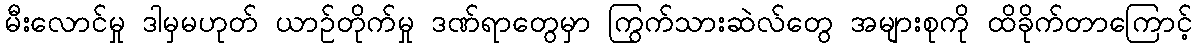
မီးလောင်မှု ဒါမှမဟုတ် ယာဉ်တိုက်မှု ဒဏ်ရာတွေမှာ ကြွက်သားဆဲလ်တွေ အများစုကို ထိခိုက်တာကြောင့်